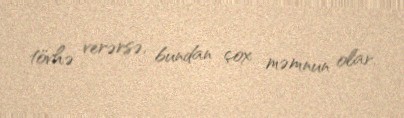
tövhə verərsə, bundan çox məmnun olar.